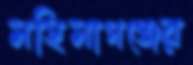
মহিমাগঞ্জের